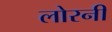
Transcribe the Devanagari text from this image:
लोरनी